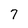
Character: 7